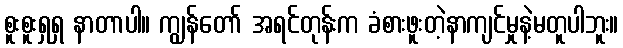
စူးစူးရှရှ နာတာပါ။ ကျွန်တော် အရင်တုန်းက ခံစားဖူးတဲ့နာကျင်မှုနဲ့မတူပါဘူး။